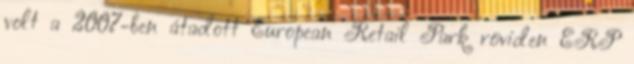
volt a 2007-ben átadott European Retail Park röviden ERP